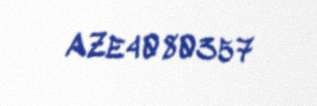
AZE4080357